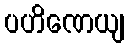
ပဟိဏေယျ